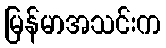
မြန်မာအသင်းက